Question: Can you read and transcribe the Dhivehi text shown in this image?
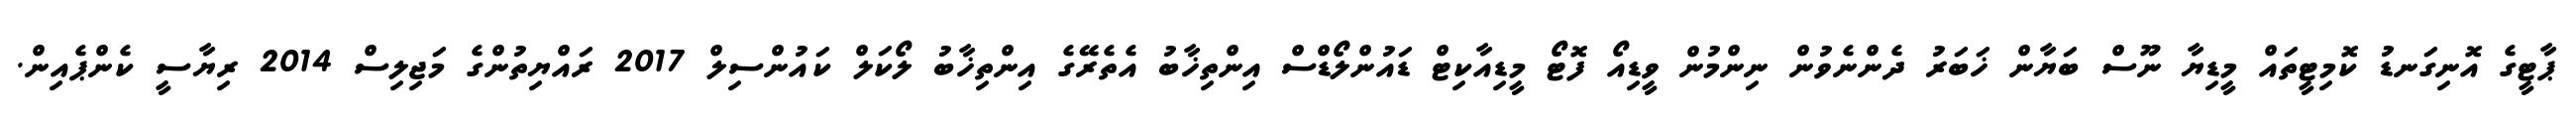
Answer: ޕާޓީގެ އޮނިގަނޑު ކޮމިޓީތައް މީޑިޔާ ނޫސް ބަޔާން ޚަބަރު ދެންނެވުން ނިންމުން ވީޑިއޯ ފޮޓޯ މީޑިއާކިޓް ޑައުންލޯޑްސް އިންތިޚާބު އެތެރޭގެ އިންތިޚާބު ލޯކަލް ކައުންސިލް 2017 ރައްޔިތުންގެ މަޖިލިސް 2014 ރިޔާސީ ކެންޕެއިން.